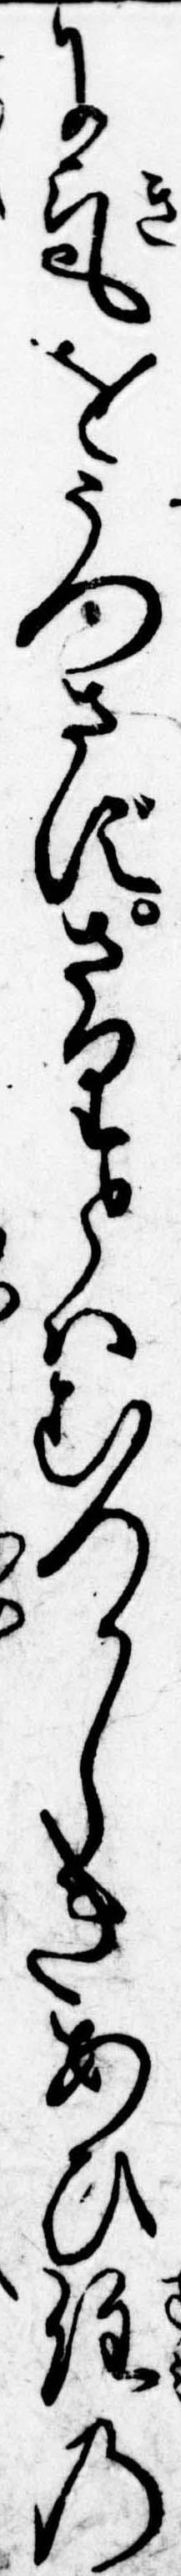
に気をうつさずさりとはむつかしきあひ住の